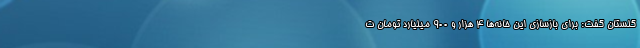
گلستان گفت: برای بازسازی این خانه‌ها ۴ هزار و ۹۰۰ میلیارد تومان ت